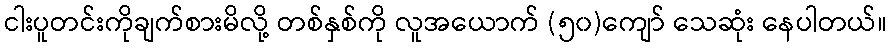
ငါးပူတင်းကိုချက်စားမိလို့ တစ်နှစ်ကို လူအယောက် (၅၀)ကျော် သေဆုံး နေပါတယ်။